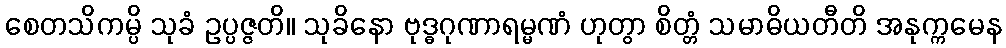
စေတသိကမ္ပိ သုခံ ဥပ္ပဇ္ဇတိ။ သုခိနော ဗုဒ္ဓဂုဏာရမ္မဏံ ဟုတွာ စိတ္တံ သမာဓိယတီတိ အနုက္ကမေန